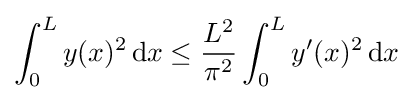
\int _{0}^{L}y(x)^{2}\,\mathrm {d} x\leq {\frac {L^{2}}{\pi ^{2}}}\int _{0}^{L}y'(x)^{2}\,\mathrm {d} x